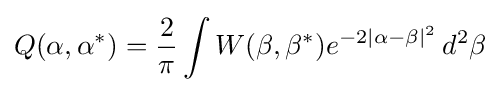
Q(\alpha ,\alpha ^{*})={\frac {2}{\pi }}\int W(\beta ,\beta ^{*})e^{-2|\alpha -\beta |^{2}}\,d^{2}\beta